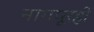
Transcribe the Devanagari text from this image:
नागपूरही